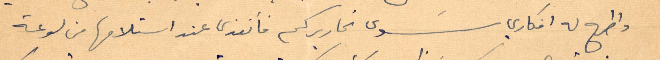
واطرح له افكاري سوى تحاريركم فانقذها عند استلامها من لوعة